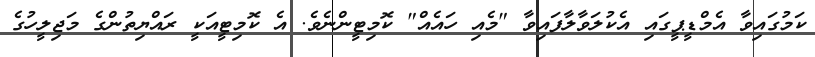
ކަމުގައިވާ އެމްޑީޕީގައި އެކުލަވާލާފައިވާ "މެއި ހައެއް" ކޮމިޓީންނެވެ. އެ ކޮމިޓީއަކީ ރައްޔިތުންގެ މަޖިލީހުގެ